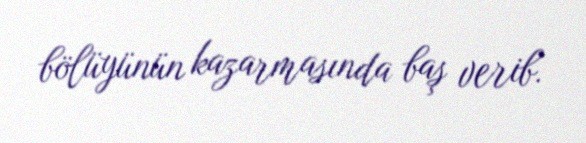
bölüyünün kazarmasında baş verib.